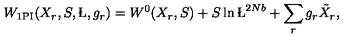
W _ { \mathrm { 1 P I } } ( X _ { r } , S , \L , g _ { r } ) = W ^ { 0 } ( X _ { r } , S ) + S \ln \L ^ { 2 N b } + \sum _ { r } g _ { r } \tilde { X } _ { r } ,